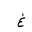
Letter: _gayn